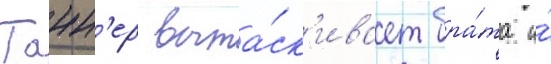
Танн'ер выта́ск'ивает бра́та и́